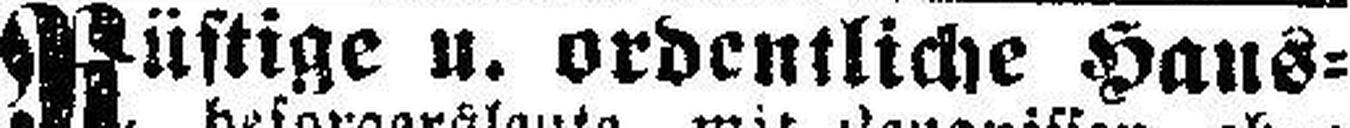
Rüstige u. ordentliche Haus¬